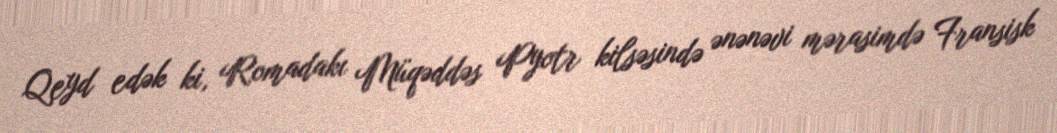
Qeyd edək ki, Romadakı Müqəddəs Pyotr kilsəsində ənənəvi mərasimdə Fransisk